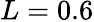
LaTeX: L=0.6